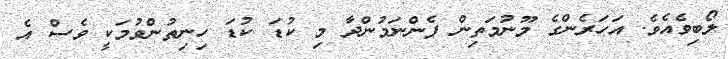
ލޯބިވެއެވެ. އަހަރެންގެ މޫނުމަތިން ފެންނަމުންދާ މި ކުޑަ ކުޑަ ހިނިތުންވުމަކީ ވެސް އެ